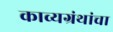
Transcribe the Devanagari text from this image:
काव्यग्रंथांचा